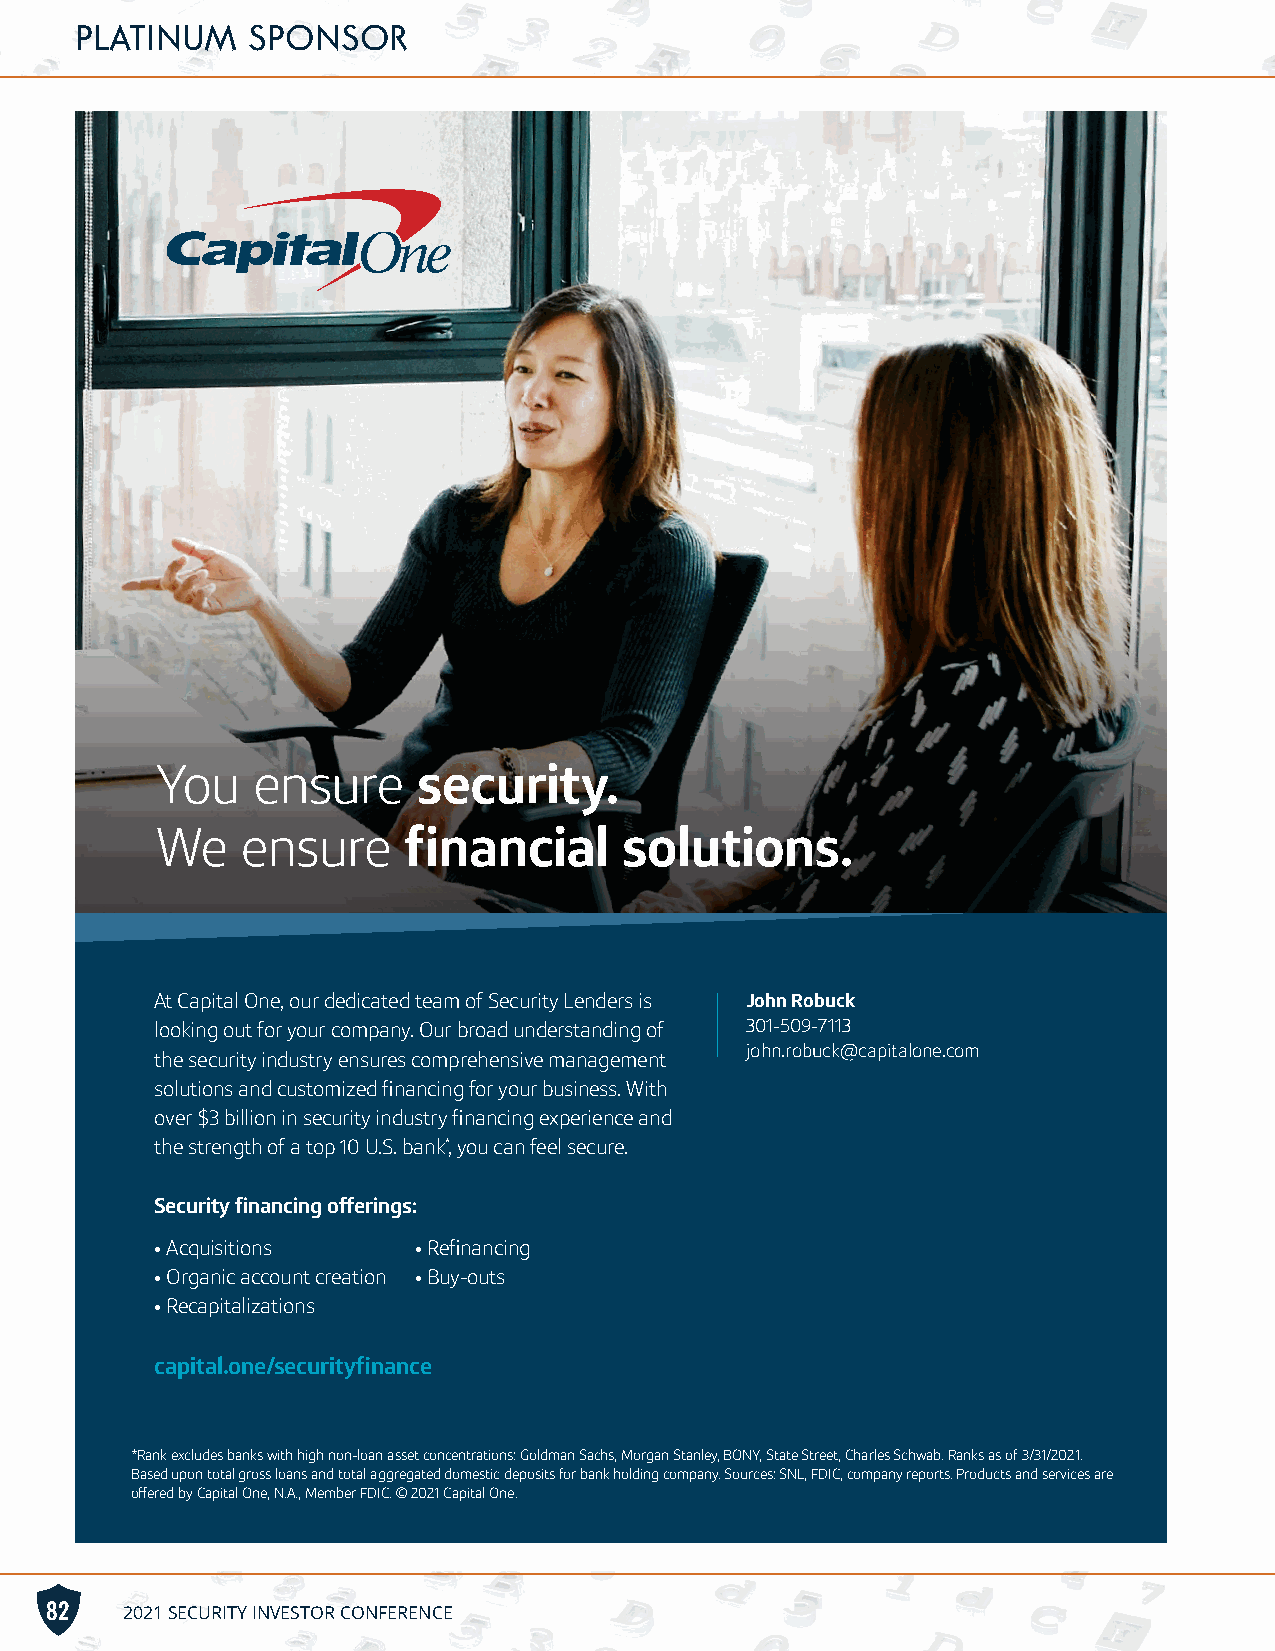
PLATINUM   SPONSOR
 You    ensure     security.
 We    ensure     financial     solutions.
 At Capital One, our dedicated team of Security Lenders is John Robuck
 looking out for your company. Our broad understanding of 301-509-7113
 john.robuck@capitalone.com
 the security industry ensures comprehensive management
 solutions and customized financing for your business. With
 over $3 billion in security industry financing experience and
 the strength of a top 10 U.S. bank*, you can feel secure.
 Security financing offerings:
 • Acquisitions   • Refinancing
 • Organic account creation • Buy-outs
 • Recapitalizations
 capital.one/securityfinance
 *Rank excludes banks with high non-loan asset concentrations: Goldman Sachs, Morgan Stanley, BONY, State Street, Charles Schwab. Ranks as of 3/31/2021.
 Based upon total gross loans and total aggregated domestic deposits for bank holding company. Sources: SNL, FDIC, company reports. Products and services are
 offered by Capital One, N.A., Member FDIC. © 2021 Capital One.
 82   2021 SECURITY INVESTOR CONFERENCE